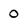
Character: 0